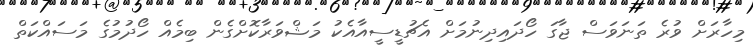
މިހާރަށް ވުރެ ތަނަވަސް ޖާގަ ހޯދައިދިނުމަށް އެޗުޑީސީއާއެކު މަޝްވަރާކޮށްގެން ބިމެއް ހޯދުމުގެ މަސައްކަތް